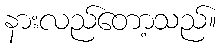
နားလည်တော့သည်။